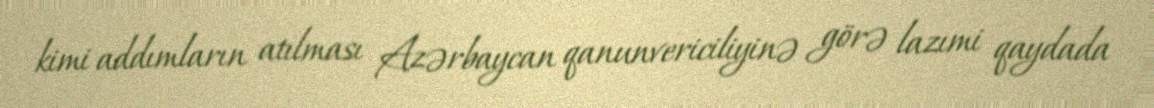
kimi addımların atılması Azərbaycan qanunvericiliyinə görə lazımi qaydada